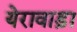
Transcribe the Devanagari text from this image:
येरावाड़ा